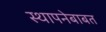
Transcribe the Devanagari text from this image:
स्थापनेबाबत